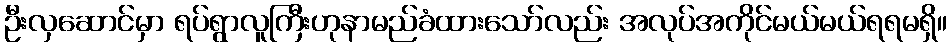
ဦးလှဆောင်မှာ ရပ်ရွာလူကြီးဟုနာမည်ခံထားသော်လည်း အလုပ်အကိုင်မယ်မယ်ရရမရှိ။